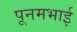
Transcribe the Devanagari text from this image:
पूनमभाई